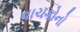
વાચકોનો